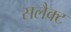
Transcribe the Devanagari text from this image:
सलैक्ट